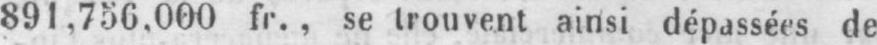
891,756.000 fr., se trouvent ainsi dépassées de